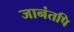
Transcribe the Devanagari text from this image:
जानंतपि